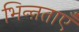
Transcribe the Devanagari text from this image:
भिन्ऩताएँ